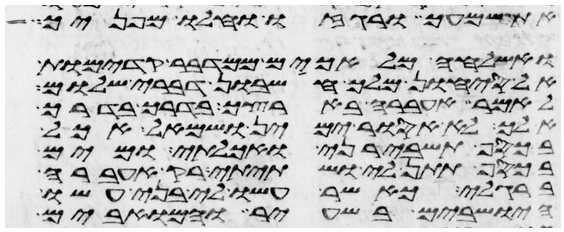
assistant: את שמעך ורגזו וחלו מפניך
ואשלחה מלאכים ממדבר קדמות
אל סיחון מלך חשבון דברי שלום
לאמר אעברה בארצך בדרך בדרך
אלך לא אסור ימין ושמאל אכל
בכסף תשבירני ואכלתי ומים
בכסף תתן לי ושתיתי רק אעברה
ברגלי כאשר עשו לי בני עשו
הישבים בשעיר והמואבים